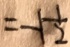
= - 1 \frac { 1 } { 2 }